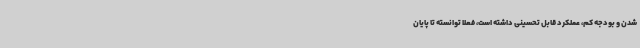
شدن و بودجه کم، عملکرد قابل تحسینی داشته است، فعلا توانسته تا پایان